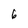
Character: 6